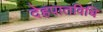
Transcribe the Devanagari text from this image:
देहपातविधि